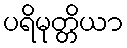
ပရိမုတ္တိယာ